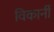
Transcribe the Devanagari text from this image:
विकार्नी